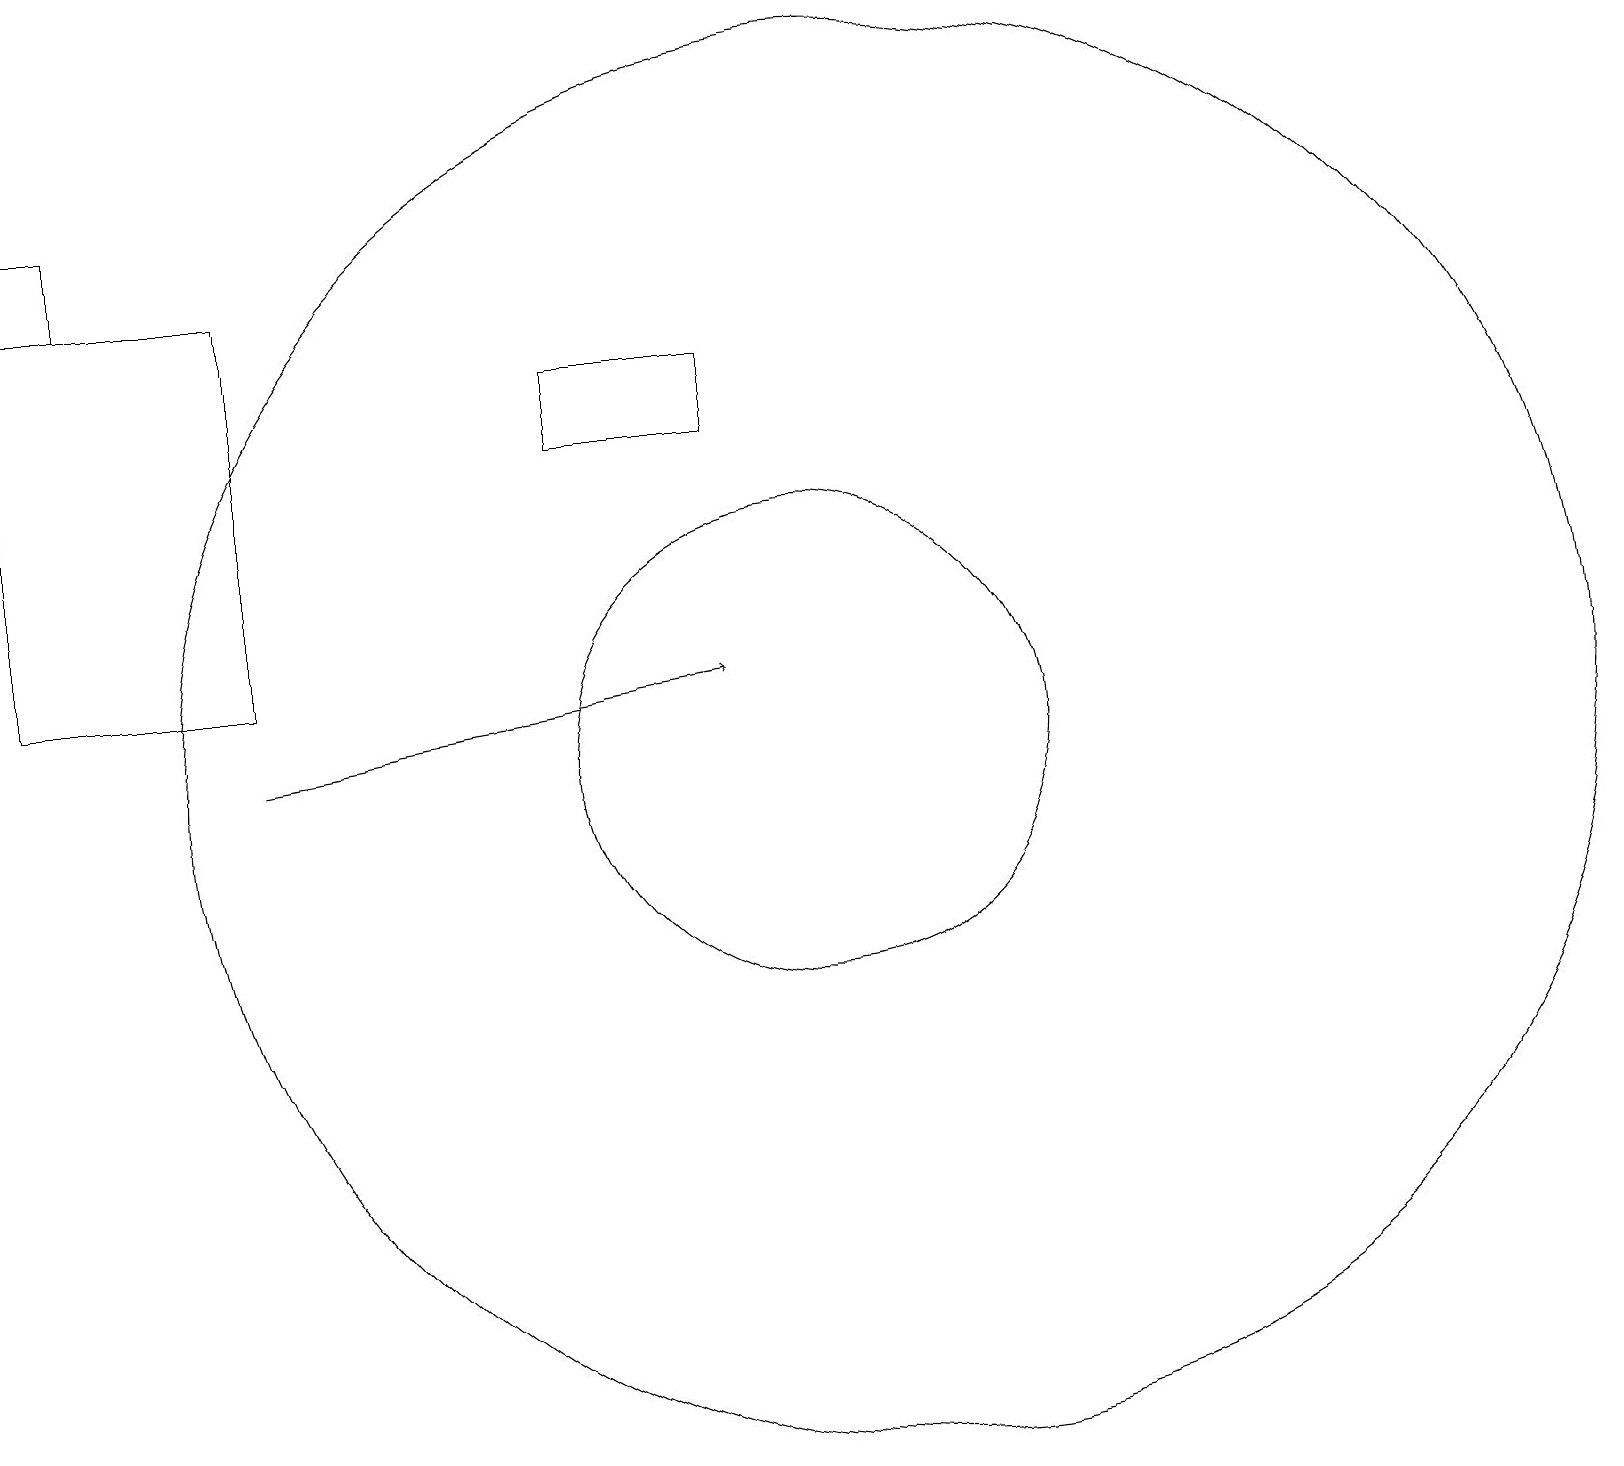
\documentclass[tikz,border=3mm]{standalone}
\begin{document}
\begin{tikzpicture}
\draw (10,10) circle (3);
\draw (0,16) rectangle (3,11);
\draw (1,16) rectangle (0,17);
\draw[->] (3,10) -- (9,11);
\draw (9,14) rectangle (7,15);
\draw (11,10) circle (9);
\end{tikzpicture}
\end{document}